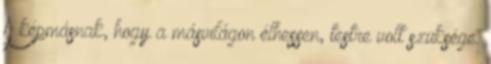
A képmásnak, hogy a másvilágon élhessen, testre volt szüksége.